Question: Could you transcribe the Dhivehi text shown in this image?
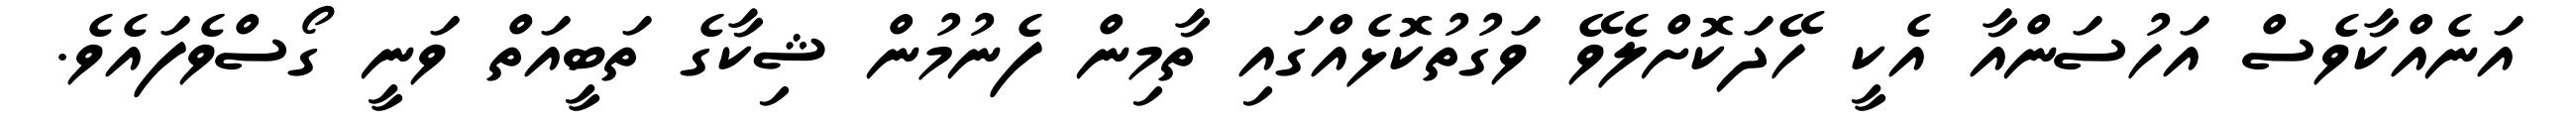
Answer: އަނެއްކާވެސް އަހުސަންއާ އެކީ ހޭދަކޮށްލެވޭ ވަގުތުކޮޅެއްގައި ތާމިން ފެނުމުން ޝިކާގެ ތަބީއަތް ވަނީ ގޯސްވެފައެވެ.